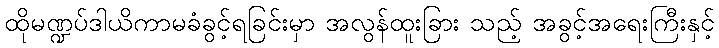
ထိုမဏ္ဍပ်ဒါယိကာမခံခွင့်ရခြင်းမှာ အလွန်ထူးခြား သည့် အခွင့်အရေးကြီးနှင့်